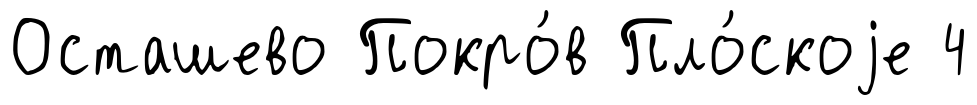
Осташево Покро́в Пло́скоjе 4